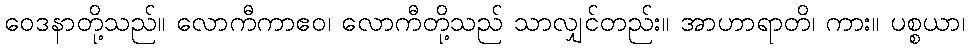
ဝေဒနာတို့သည်။ လောကီကာဧဝ၊ လောကီတို့သည် သာလျှင်တည်း။ အာဟာရာတိ၊ ကား။ ပစ္စယာ၊